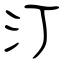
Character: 汀